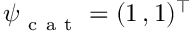
\boldsymbol \psi _ { \mathrm { ~ c ~ a ~ t ~ } } = ( 1 \, , 1 ) ^ { \intercal }